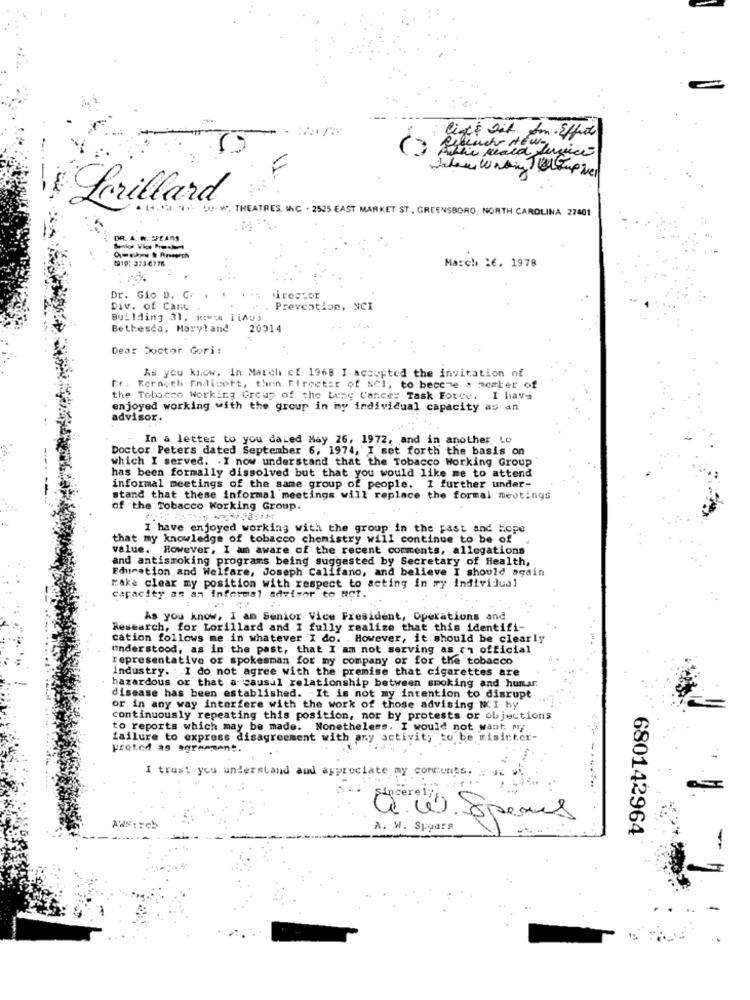
light Dit. Am - Effect
Beleuch NEW-
the Reald Service
F
Perillard
W. w. THEATRES, INC . 2525 EAST MARKET ST ., GREENSBORO, NORTH CAROLINA 27401
DR. A. W. SPEARS
1919: 373-6778
March 26. 1978
Dr. Gio D. C.
irector
Div. of Canc
Prevention, NCI
Building 31, kowe iiAu}
Bethesca, Maryland
20314
Dear Doctor Gori:
As you kicw. in March cf 1968 I accepted the invitation of
Gr . Kerneth Endicott, then Directer of NCI, to becche a member of
the Tobacco Working Group of the Lung Cance= Task Force. I have
enjoyed working with the group in my individual capacity as an
advisor.
In a letter to you dated May 26, 1972, and in another to
Doctor Peters dated September 6, 1974, I set forth the basis on
which I served. . I now understand that the Tobacco Working Group
has been formally dissolved but that you would like me to attend
informal meetings of the same group of people. I further under-
stand that these informal meetings will replace the formal meetings
of the Tobacco Working Group.
I have enjoyed working with the group in the past and hope
that my knowledge of tobacco chemistry will continue to be of
value. However, I am aware of the recent comments, allegations
and antismoking programs being suggested by Secretary of Health,
Education and Welfare, Joseph Califano, and believe I should again
rake clear my position with respect to acting in ry individual
capacity as an informal advisor to NCT.
As you know, I am Senior Vice President, Operations and
Research, for Lorillard and I fully realize that this identifi-
cation follows me in whatever I do. However, it. should be clearly
understood, as in the past, that I am not serving as ch official
representative or spokesman for my company or for the tobacco
industry. I do not agree with the premise that cigarettes are
hazardous or that a causal relationship between smoking and humar
disease has been established. It is not my intention to disrupt
or in any way interfere with the work of those advising NCI hy
continuously repeating this position, nor by protests or objections
to reports which may be made. Nonetheless. I would not want My
failure to express disagreement with any activity to be misinter-
Freted as agreement.
I trust you understand and appreciate my comments.
AWS: = cb
a w Spens
A. W. Spydrs
680142964